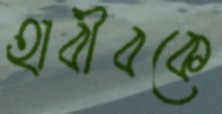
হাবীবকে